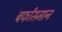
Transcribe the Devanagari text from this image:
बर्फांसमान